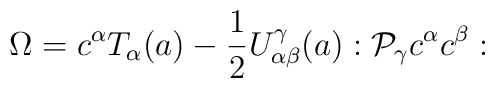
\Omega  =c^{\alpha}T_{\alpha}(a)-{1\over2}U^{\gamma}_{\alpha\beta}(a):{\cal P_{\gamma}} c^{\alpha} c^{\beta}: